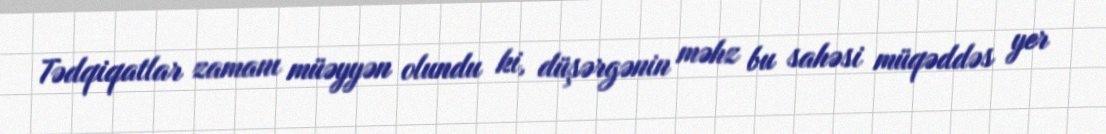
Tədqiqatlar zamanı müəyyən olundu ki, düşərgənin məhz bu sahəsi müqəddəs yer